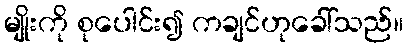
မျိုးကို စုပေါင်း၍ ကချင်ဟုခေါ်သည်။